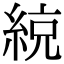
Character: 綂